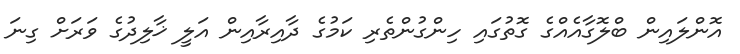
އޮންލައިން ބްލޮގާއެއްގެ ގޮތުގައި ހިންގުންތެރި ކަމުގެ ދާއިރާއިން އަލީ ޚާލިދުގެ ވަރަށް ގިނަ